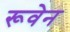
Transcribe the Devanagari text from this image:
रूवेन